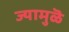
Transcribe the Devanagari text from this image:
ज्यामुळॆ